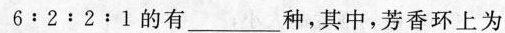
6﹔2﹔2﹔1的有_____种，其中，芳香环上为